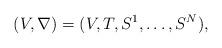
LaTeX: \begin{align*} (V,\nabla)=(V,T, S^1, \ldots, S^N),\end{align*}